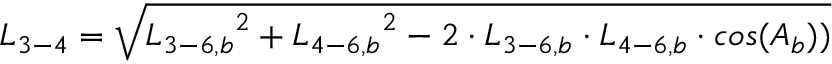
{ L _ { 3 - 4 } } = \sqrt { { L _ { 3 - 6 , b } } ^ { 2 } + { L _ { 4 - 6 , b } } ^ { 2 } - 2 \cdot { L _ { 3 - 6 , b } } \cdot { L _ { 4 - 6 , b } } \cdot c o s ( { A _ { b } } ) ) }